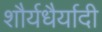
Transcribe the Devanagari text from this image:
शौर्यधैर्यादी